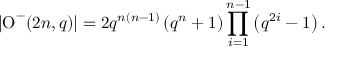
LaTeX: \left| \operatorname { O } ^ { - } ( 2 n , q ) \right| = 2 q ^ { n ( n - 1 ) } \left( q ^ { n } + 1 \right) \prod _ { i = 1 } ^ { n - 1 } \left( q ^ { 2 i } - 1 \right) .